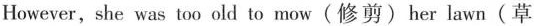
However, she was too old to mow (修剪) her lawn (草